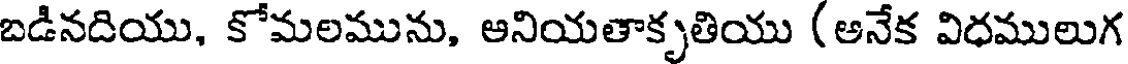
బడినదియు, కోమలమును, ఆనియతాకృతియు (అనేక విధములుగ